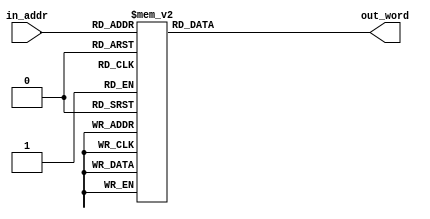
module circl_b(
        input  wire [6:0] in_addr,
        output reg  [6:0] out_word
       );

always @*
 case( in_addr )
  7'h01: out_word = 7'h0A;
  7'h02: out_word = 7'h12;
  7'h03: out_word = 7'h18;
  7'h04: out_word = 7'h1C;
  7'h05: out_word = 7'h20;
  7'h06: out_word = 7'h23;
  7'h07: out_word = 7'h26;
  7'h08: out_word = 7'h29;
  7'h09: out_word = 7'h2C;
  7'h0A: out_word = 7'h2E;
  7'h0B: out_word = 7'h30;
  7'h0C: out_word = 7'h33;
  7'h0D: out_word = 7'h35;
  7'h0E: out_word = 7'h37;
  7'h0F: out_word = 7'h38;
  7'h10: out_word = 7'h3A;
  7'h11: out_word = 7'h3C;
  7'h12: out_word = 7'h3E;
  7'h13: out_word = 7'h3F;
  7'h14: out_word = 7'h41;
  7'h15: out_word = 7'h42;
  7'h16: out_word = 7'h44;
  7'h17: out_word = 7'h45;
  7'h18: out_word = 7'h46;
  7'h19: out_word = 7'h48;
  7'h1A: out_word = 7'h49;
  7'h1B: out_word = 7'h4A;
  7'h1C: out_word = 7'h4C;
  7'h1D: out_word = 7'h4D;
  7'h1E: out_word = 7'h4E;
  7'h1F: out_word = 7'h4F;
  7'h20: out_word = 7'h50;
  7'h21: out_word = 7'h51;
  7'h22: out_word = 7'h52;
  7'h23: out_word = 7'h53;
  7'h24: out_word = 7'h54;
  7'h25: out_word = 7'h55;
  7'h26: out_word = 7'h56;
  7'h27: out_word = 7'h57;
  7'h28: out_word = 7'h58;
  7'h29: out_word = 7'h59;
  7'h2A: out_word = 7'h5A;
  7'h2B: out_word = 7'h5B;
  7'h2C: out_word = 7'h5C;
  7'h2D: out_word = 7'h5C;
//  7'h2E: out_word = 7'h5D;
//  7'h2F: out_word = 7'h5E;
//  7'h30: out_word = 7'h5F;
//  7'h31: out_word = 7'h5F;
//  7'h32: out_word = 7'h60;
//  7'h33: out_word = 7'h61;
//  7'h34: out_word = 7'h62;
//  7'h35: out_word = 7'h62;
//  7'h36: out_word = 7'h63;
//  7'h37: out_word = 7'h64;
//  7'h38: out_word = 7'h64;
//  7'h39: out_word = 7'h65;
//  7'h3A: out_word = 7'h66;
//  7'h3B: out_word = 7'h66;
//  7'h3C: out_word = 7'h67;
//  7'h3D: out_word = 7'h67;
//  7'h3E: out_word = 7'h68;
//  7'h3F: out_word = 7'h68;
//  7'h40: out_word = 7'h69;
//  7'h41: out_word = 7'h6A;
//  7'h42: out_word = 7'h6A;
//  7'h43: out_word = 7'h6B;
//  7'h44: out_word = 7'h6B;
//  7'h45: out_word = 7'h6C;
//  7'h46: out_word = 7'h6C;
//  7'h47: out_word = 7'h6C;
//  7'h48: out_word = 7'h6D;
//  7'h49: out_word = 7'h6D;
//  7'h4A: out_word = 7'h6E;
  7'h4B: out_word = 7'h6E;
  7'h4C: out_word = 7'h6F;
  7'h4D: out_word = 7'h6F;
  7'h4E: out_word = 7'h6F;
  7'h4F: out_word = 7'h70;
  7'h50: out_word = 7'h70;
  7'h51: out_word = 7'h70;
  7'h52: out_word = 7'h71;
  7'h53: out_word = 7'h71;
  7'h54: out_word = 7'h71;
  7'h55: out_word = 7'h72;
  7'h56: out_word = 7'h72;
  7'h57: out_word = 7'h72;
  7'h58: out_word = 7'h73;
  7'h59: out_word = 7'h73;
  7'h5A: out_word = 7'h73;
  7'h5B: out_word = 7'h73;
  7'h5C: out_word = 7'h74;
  7'h5D: out_word = 7'h74;
  7'h5E: out_word = 7'h74;
  7'h5F: out_word = 7'h74;
  7'h60: out_word = 7'h75;
  7'h61: out_word = 7'h75;
  7'h62: out_word = 7'h75;
  7'h63: out_word = 7'h75;
  7'h64: out_word = 7'h75;
  7'h65: out_word = 7'h75;
  7'h66: out_word = 7'h76;
  7'h67: out_word = 7'h76;
  7'h68: out_word = 7'h76;
  7'h69: out_word = 7'h76;
  7'h6A: out_word = 7'h76;
  7'h6B: out_word = 7'h76;
  7'h6C: out_word = 7'h76;
  7'h6D: out_word = 7'h76;
  7'h6E: out_word = 7'h77;
  7'h6F: out_word = 7'h77;
  7'h70: out_word = 7'h77;
  7'h71: out_word = 7'h77;
  7'h72: out_word = 7'h77;
  7'h73: out_word = 7'h77;
  7'h74: out_word = 7'h77;
  7'h75: out_word = 7'h77;
  7'h76: out_word = 7'h77;
  7'h77: out_word = 7'h77;
  7'h78: out_word = 7'h77;
 default out_word = 7'h00;
 endcase

endmodule